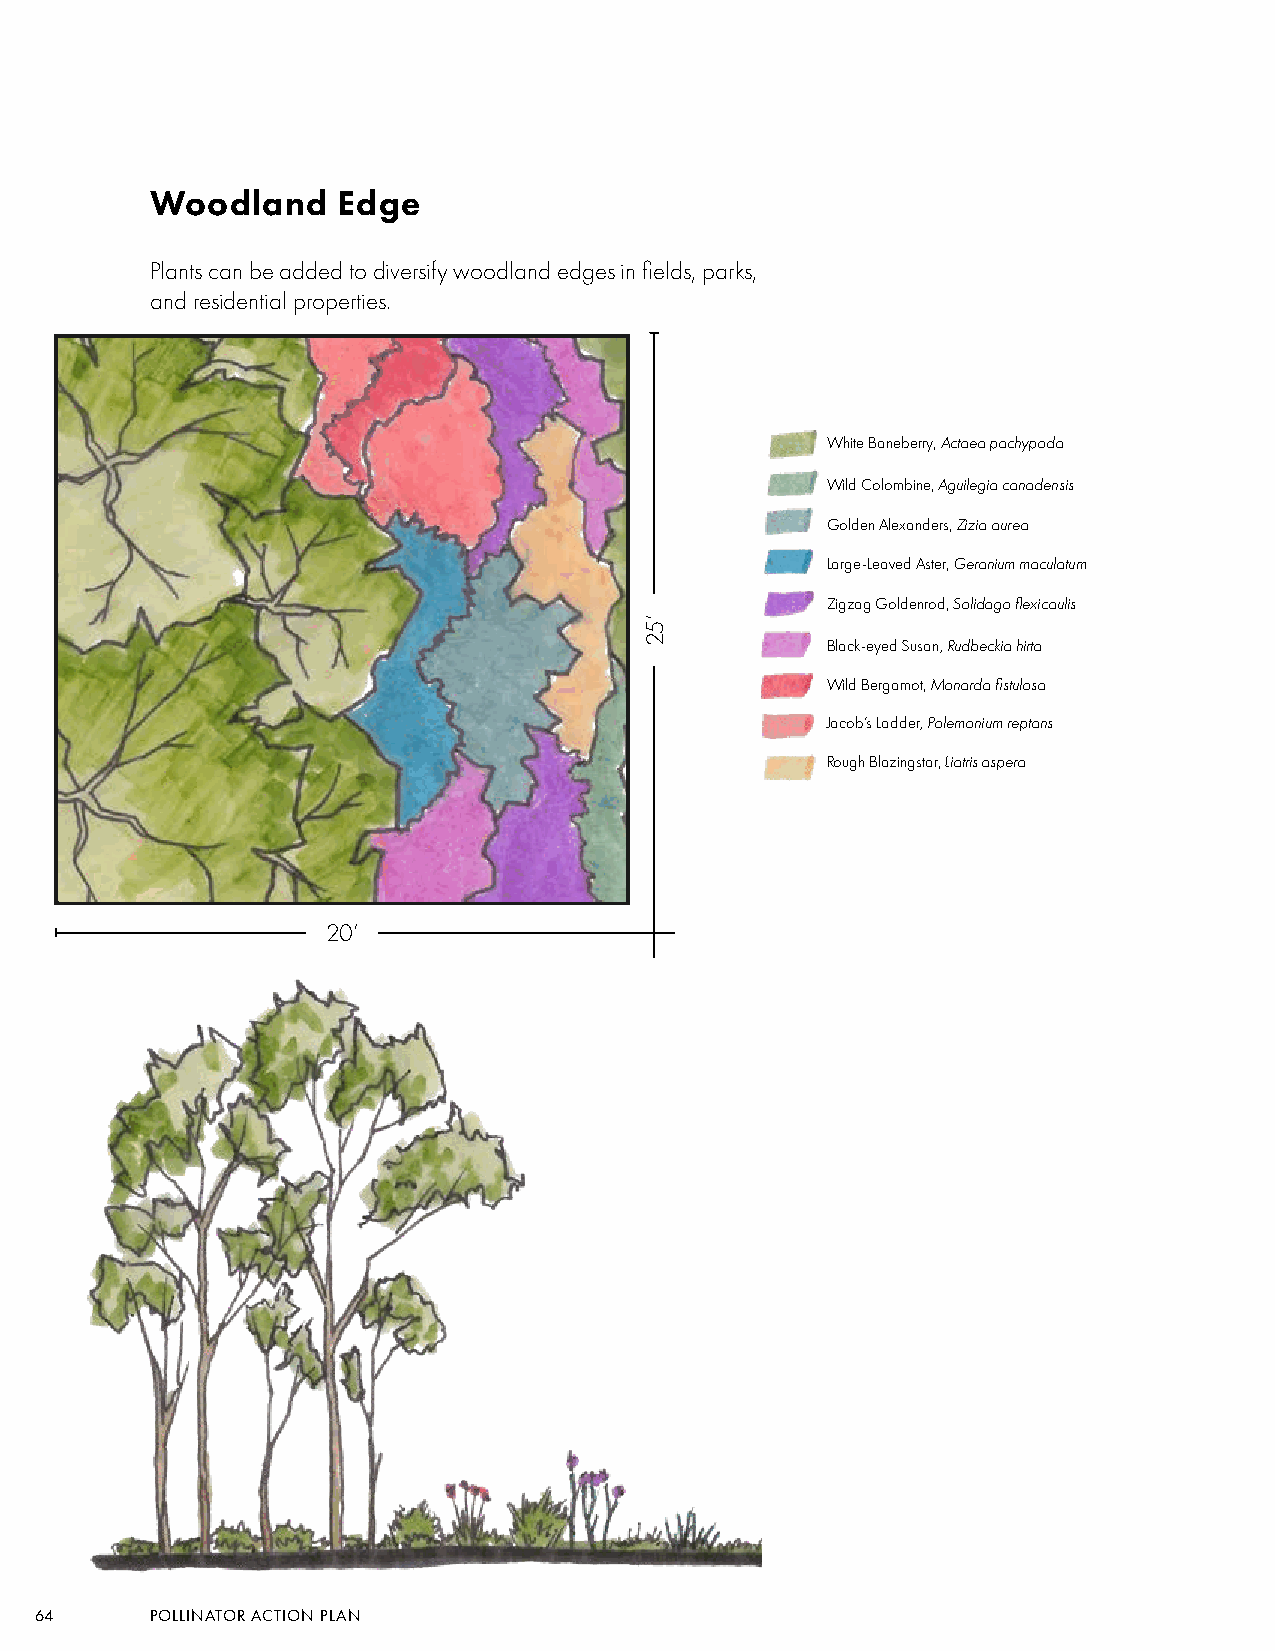
Woodland    Edge
 Plants can be added to diversify woodland edges in fields, parks,
 and residential properties.
 White Baneberry, Actaea pachypoda
 Wild Colombine, Aguilegia canadensis
 Golden Alexanders, Zizia aurea
 Large-Leaved Aster, Geranium maculatum
 Zigzag Goldenrod, Solidago flexicaulis
 Black-eyed Susan, Rudbeckia hirta
 Wild Bergamot, Monarda fistulosa
 Jacob’s Ladder, Polemonium reptans
 Rough Blazingstar, Liatris aspera
 20’
 64      POLLINATOR ACTION PLAN
 ’52